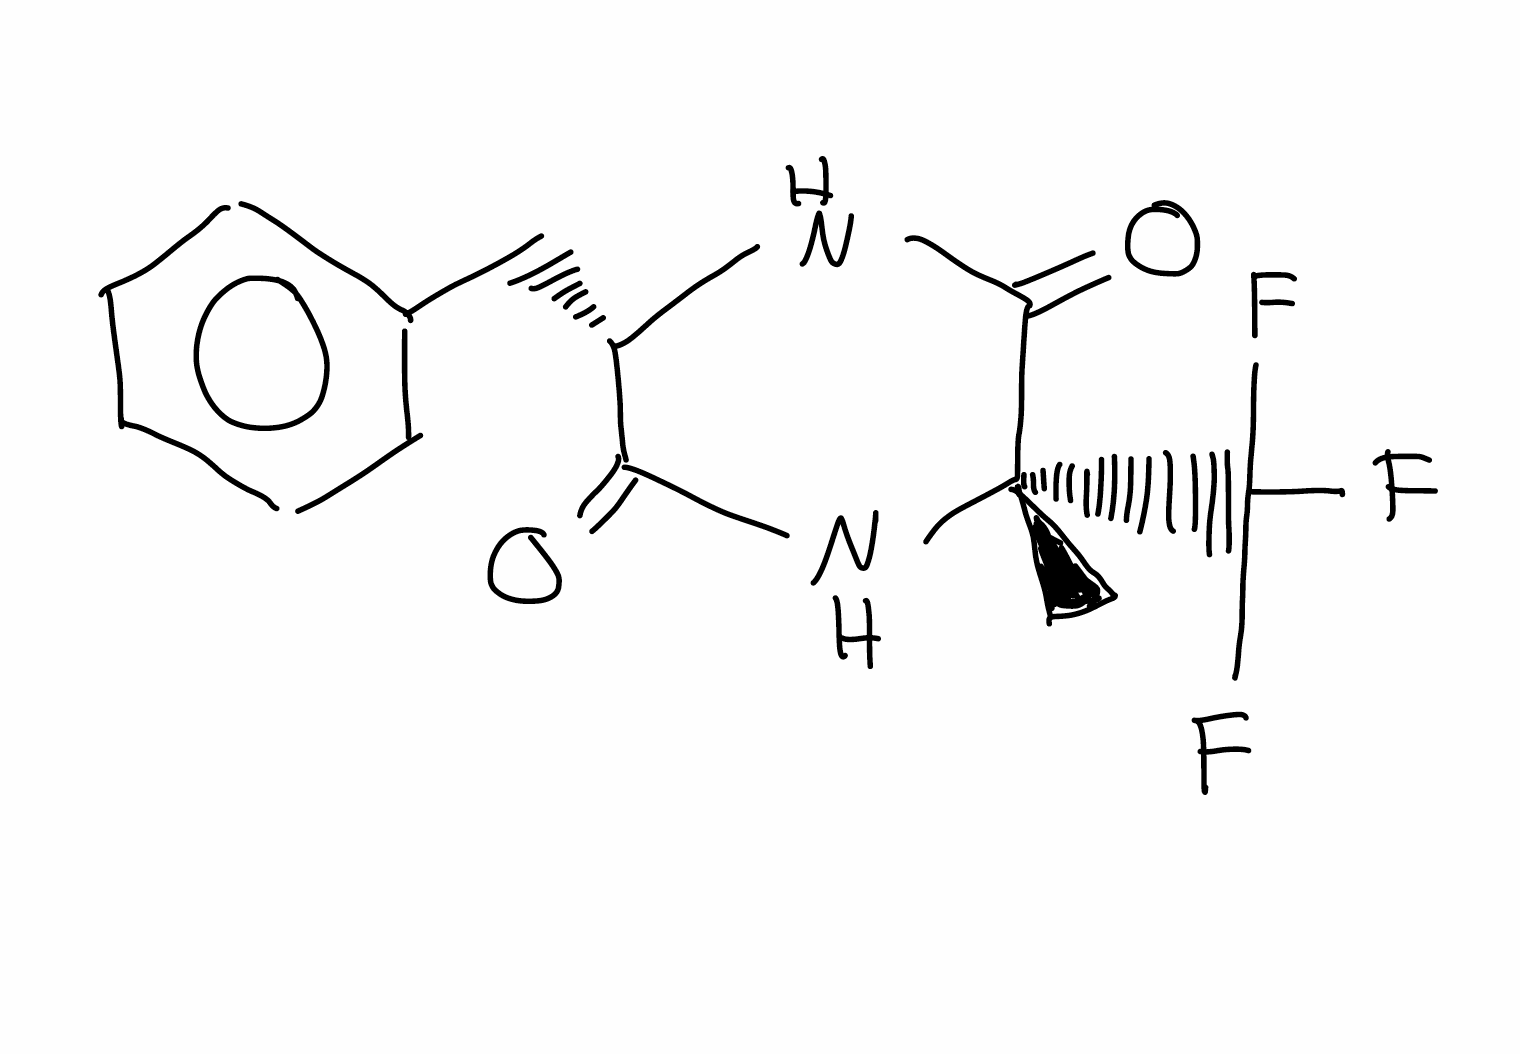
Simplified molecular-input line-entry system (SMILES) notation of the given molecule:
C[C@@]1(C(=O)N[C@H](C(=O)N1)CC2=CC=CC=C2)C(F)(F)F